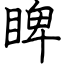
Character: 睥